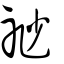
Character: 𥘷